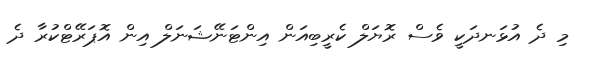
މި ދެ އުޅަނދަކީ ވެސް ރޮޔަލް ކެރީބިއަން އިންޓަނޭޝަނަލް އިން އޮޕަރޭޓްކުރާ ދެ